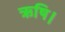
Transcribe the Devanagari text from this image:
ऋषि।